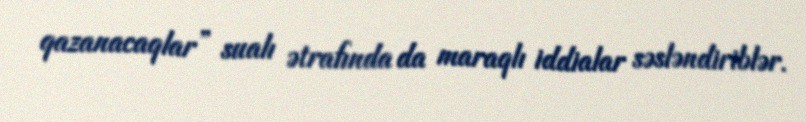
qazanacaqlar” sualı ətrafında da maraqlı iddialar səsləndiriblər.